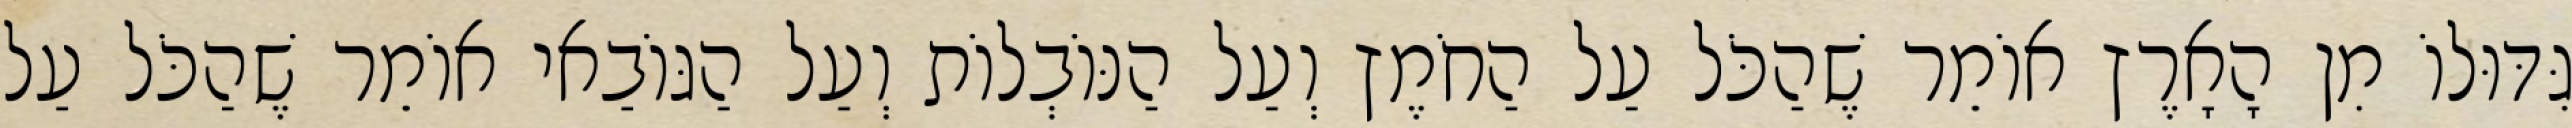
גִּדּוּלוֹ מִן הָאָרֶץ אוֹמֵר שֶׁהַכֹּל עַל הַחֹמֶץ וְעַל הַנּוֹבְלוֹת וְעַל הַגּוֹבַאי אוֹמֵר שֶׁהַכֹּל עַל